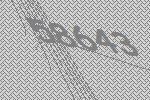
58643